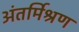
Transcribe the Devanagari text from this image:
अंतर्मिश्रण